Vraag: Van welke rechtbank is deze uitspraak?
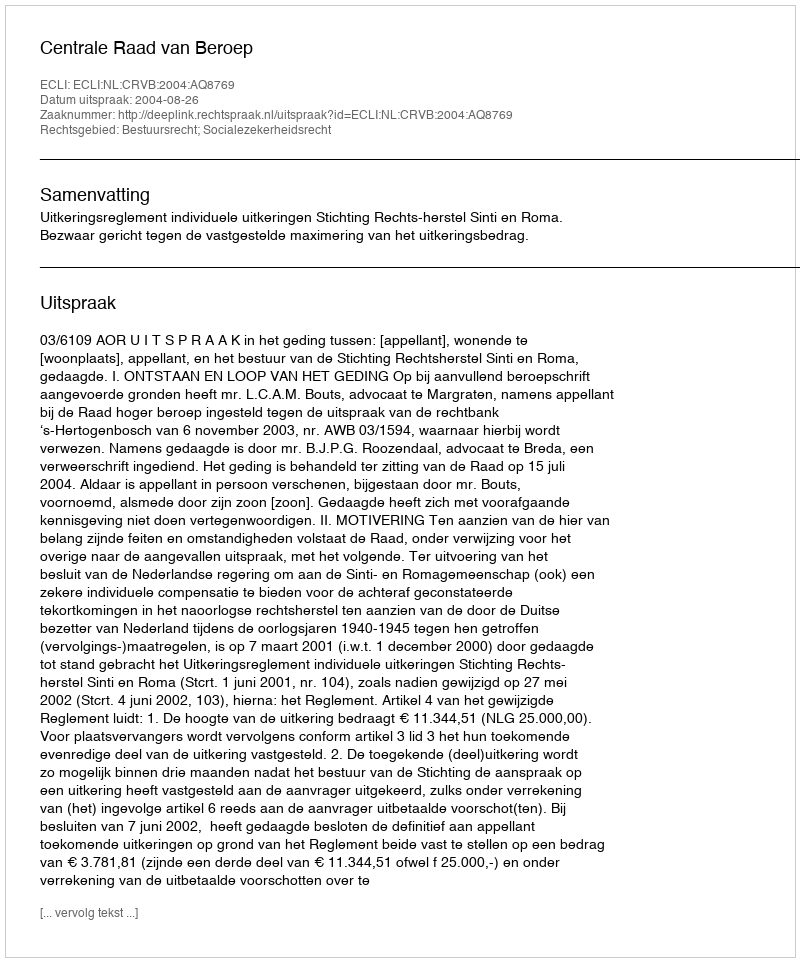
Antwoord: Centrale Raad van Beroep